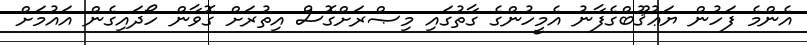
އެންމެ ފަހުން ޔަޢުޤޫބްގެފާނު އެމީހުންގެ ގާތުގައި މިޞްރަށްގޮސް އިތުރަށް ގޮވާން ހޯދައިގެން އައުމަށް